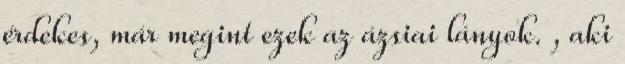
érdekes, már megint ezek az ázsiai lányok. , aki